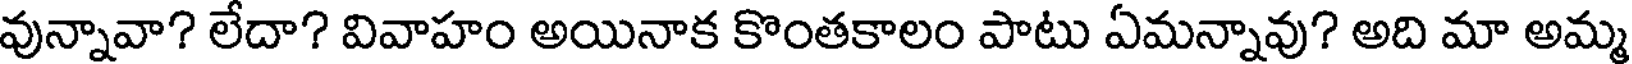
వున్నావా? లేదా? వివాహం అయినాక కొంతకాలం పాటు ఏమన్నావు? అది మా అమ్మ